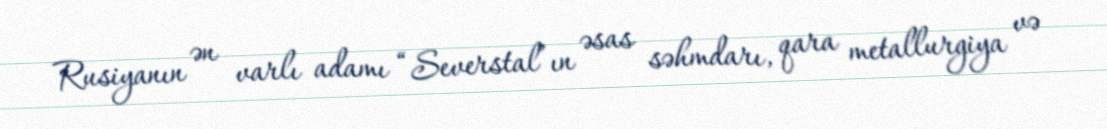
Rusiyanın ən varlı adamı “Severstal”ın əsas səhmdarı, qara metallurgiya və